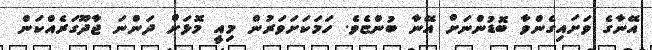
އޭނާގެ ވަށައިގެންވާ ބޮޑުންނަށް އޭނާ ބުންޏެވެ. ހަމަކަށަވަރުން މިއީ މޮޅަށް ދަންނަ ޖާދޫގަރެއްކަން